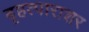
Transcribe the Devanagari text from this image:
बृहत्पाराशर